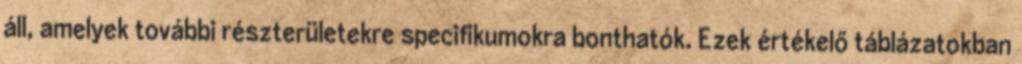
áll, amelyek további részterületekre specifikumokra bonthatók. Ezek értékelő táblázatokban